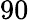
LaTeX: {\displaystyle 90}